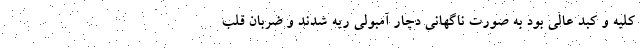
کلیه و کبد عالی بود به صورت ناگهانی دچار آمبولی ریه شدند و ضربان قلب